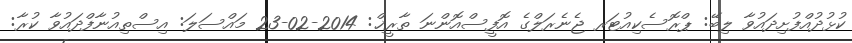
ކުޅުދުއްފުށިދައުވާ ލިބޭ: ޕްރޮސެކިއުޓަރ ޖެނެރަލްގެ އޮފީސްއޮންނަ ތާރީޚް: 2014-02-23 މައްސަލަ: އިސްތިއުނާފްދައުވާ ކުރާ: